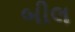
બીલ